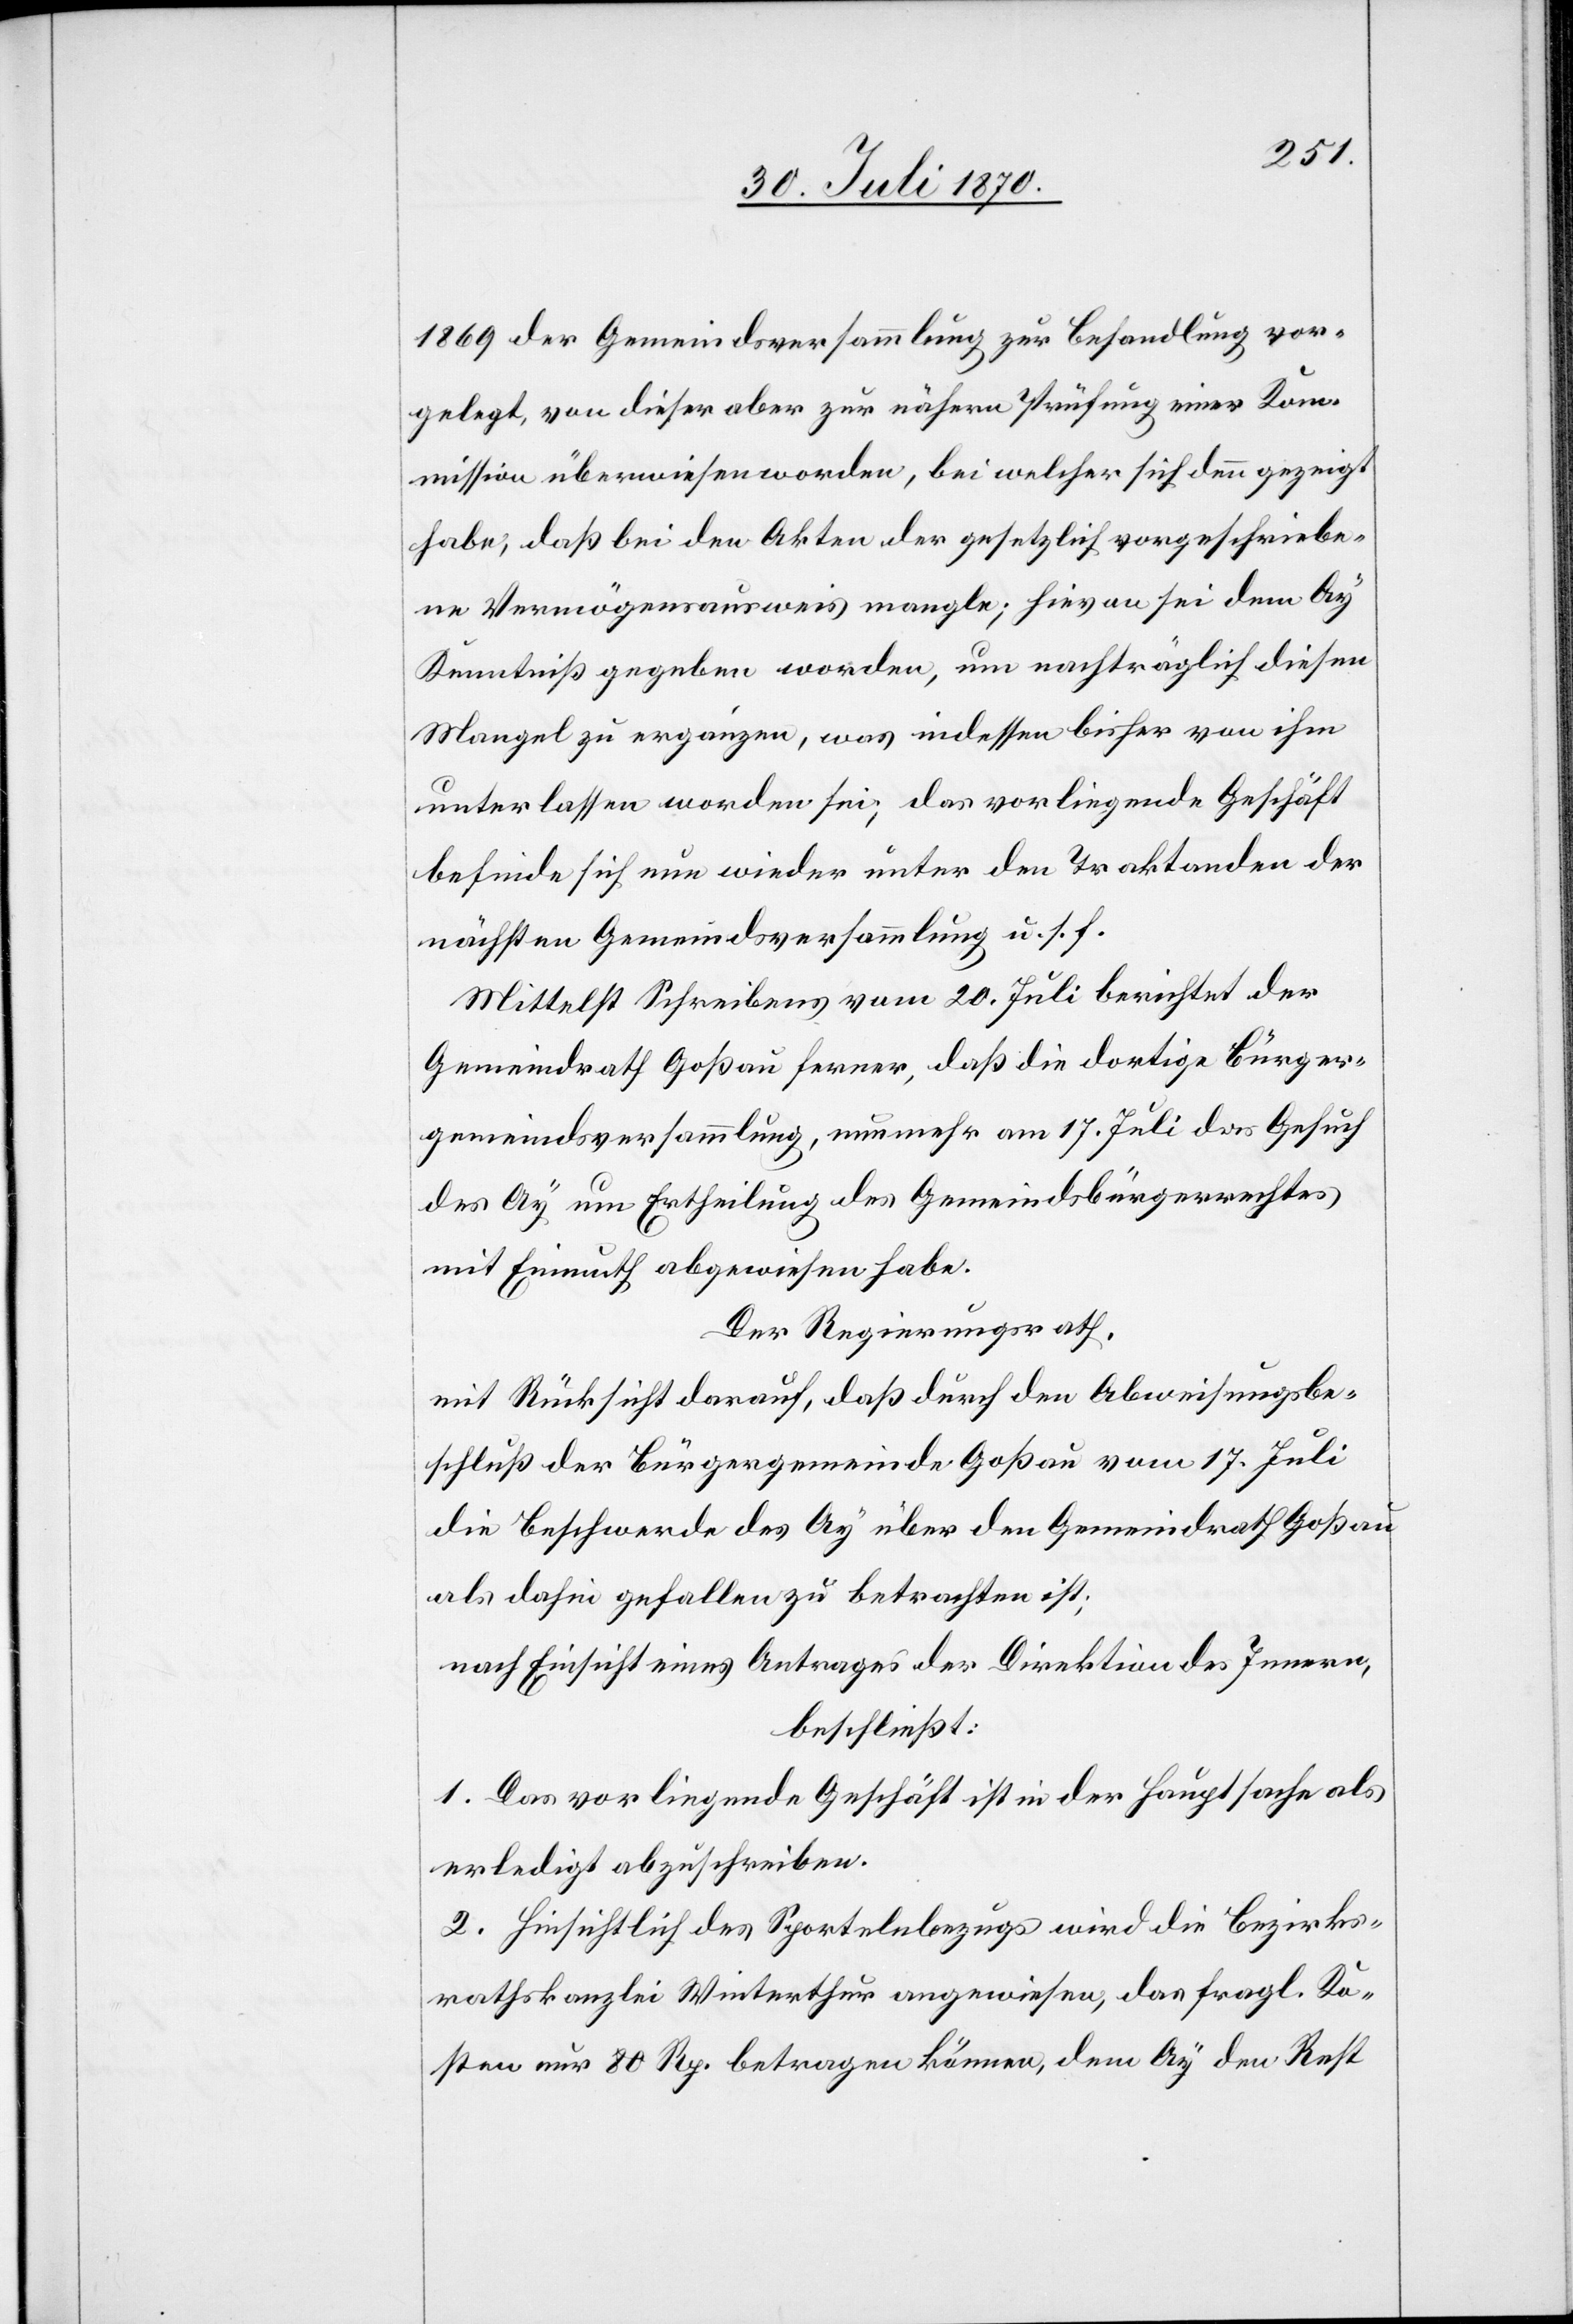
1869 der Gemeindsversammlung zur Behandlung vor¬
gelegt, von dieser aber zur nähern Prüfung einer Kom¬
mission überwiesen worden, bei welcher sich denn gezeigt
habe, daß bei den Akten der gesetzlich vorgeschriebe¬
ne Vermögensausweis mangle; hievon sei dem Ay
Kenntniß gegeben worden, um nachträglich diesen
Mangel zu ergänzen, was indessen bisher von ihm
unterlassen worden sei; das vorliegende Geschäft
befinde sich nun wieder unter den Traktanden der
nächsten Gemeindsversammlung u. s. f.
Mittelst Schreibens vom 20. Juli berichtet der
Gemeindrath Goßau ferner, daß die dortige Bürger¬
gemeindsversammlung, nunmehr am 17. Juli das Gesuch
des Ay um Ertheilung des Gemeindsbürgerrechtes
mit Einmuth abgewiesen habe.
Der Regierungsrath,
mit Rücksicht darauf, daß durch den Abweisungsbe¬
schluß der Bürgergemeinde Goßau vom 17. Juli
die Beschwerde des Ay über den Gemeindrath Goßau
als dahin gefallen zu betrachten ist,
nach Einsicht eines Antrages der Direktion des Innern,
beschließt:
1. Das vorliegende Geschäft ist in der Hauptsache als
erledigt abzuschreiben.
2. Hinsichtlich des Sportelnbezugs wird die Bezirks¬
rathskanzlei Winterthur angewiesen, das [sic!] fragl. Ko¬
sten nur 80 Rp. betragen können, dem Ay den Rest